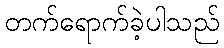
တက်ရောက်ခဲ့ပါသည်